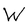
Character: W